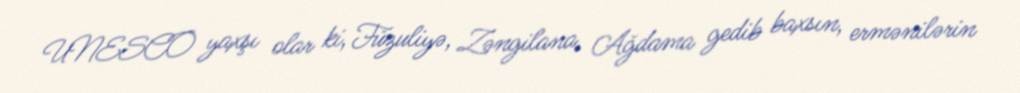
UNESCO yaxşı olar ki, Füzuliyə, Zəngilana, Ağdama gedib baxsın, ermənilərin